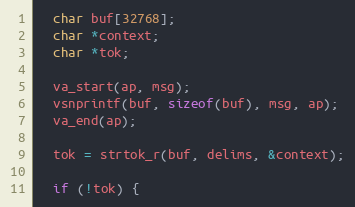
Language: C++
  char buf[32768];
  char *context;
  char *tok;

  va_start(ap, msg);
  vsnprintf(buf, sizeof(buf), msg, ap);
  va_end(ap);

  tok = strtok_r(buf, delims, &context);

  if (!tok) {